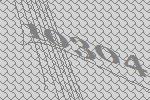
10304